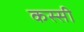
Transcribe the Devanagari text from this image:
कस्सी